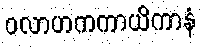
ဝလာဟကကာယိကာနံ